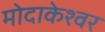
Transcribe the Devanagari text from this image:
मोदाकेश्वर